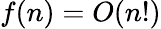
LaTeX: f(n)=O(n!)